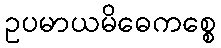
ဥပမာယမိဓေကစ္စေ